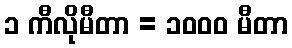
၁ ကီလိုမီတာ = ၁၀၀၀ မီတာ